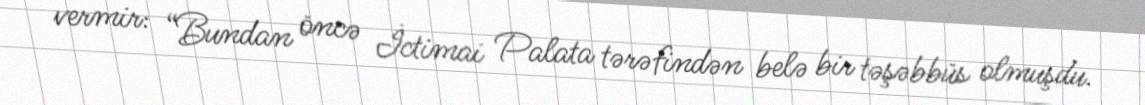
vermir: “Bundan öncə İctimai Palata tərəfindən belə bir təşəbbüs olmuşdu.